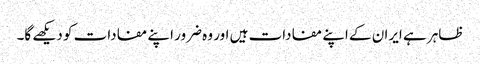
ظاہر ہے ایران کے اپنے مفادات ہیں اور وہ ضرور اپنے مفادات کو دیکھے گا۔